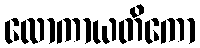
လောကာယတိကော